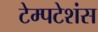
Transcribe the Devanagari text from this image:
टेम्पटेशंस